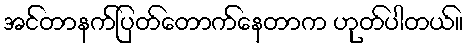
အင်တာနက်ပြတ်တောက်နေတာက ဟုတ်ပါတယ်။